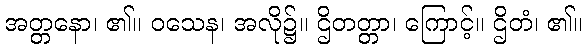
အတ္တနော၊ ၏။ ဝသေန၊ အလို၌။ ဌိတတ္တာ၊ ကြောင့်။ ဌိတံ၊ ၏။